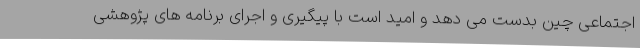
اجتماعی چین بدست می دهد و امید است با پیگیری و اجرای برنامه های پژوهشی